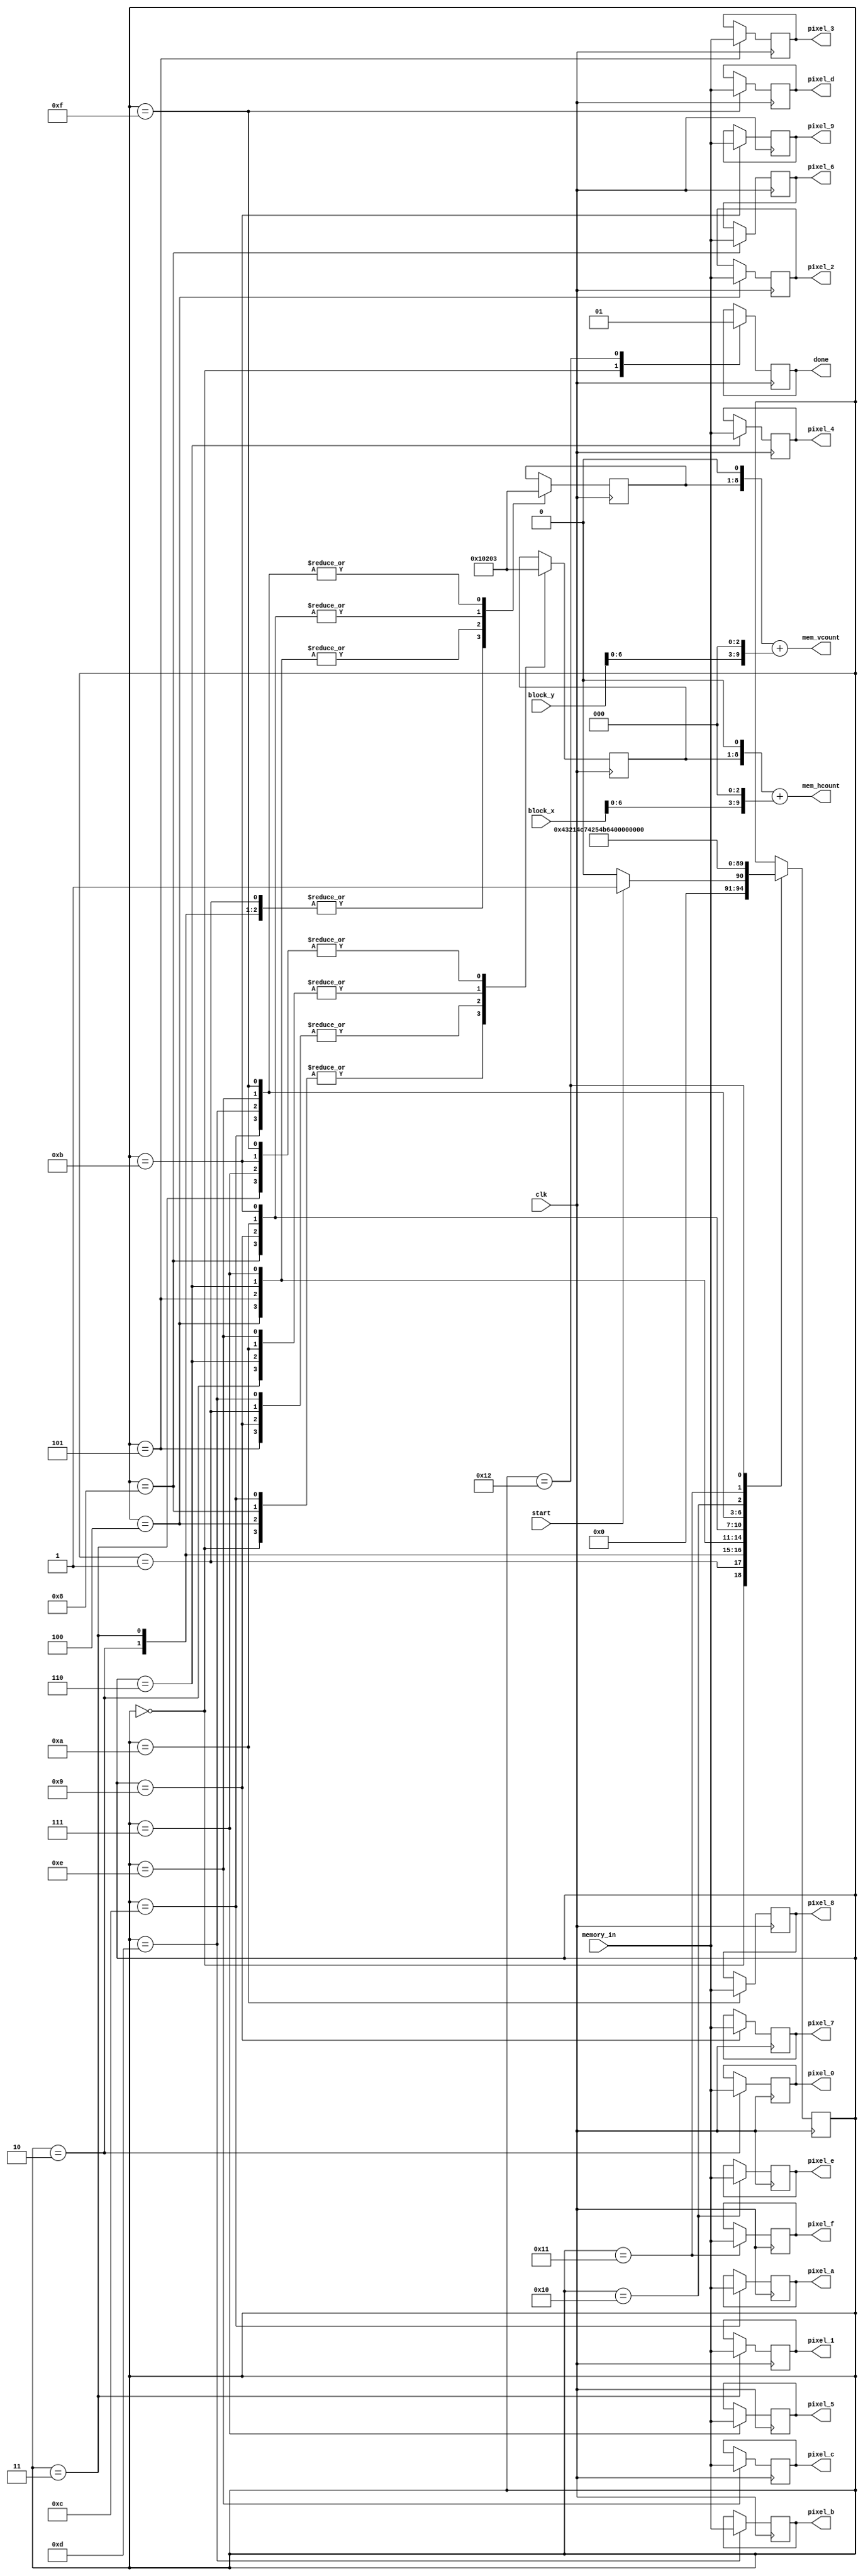
`timescale 1ns / 1ps
//////////////////////////////////////////////////////////////////////////////////
// Company: 
// Engineer: 
// 
// Design Name: 
// Module Name:    load_pixel_block 
// Project Name: 
// Target Devices: 
// Tool versions: 
// Description: 
//
// Dependencies: 
//
// Revision: 
// Revision 0.01 - File Created
// Additional Comments: 
//
//////////////////////////////////////////////////////////////////////////////////
module load_pixel_block(
	input wire clk,
	input wire start,
	input wire [7:0] block_x,
	input wire [7:0] block_y,
	input wire [8:0] memory_in,
	output wire [9:0] mem_hcount,
	output wire [9:0] mem_vcount,
	output reg done = 0,
	output reg [8:0] pixel_0,
	output reg [8:0] pixel_1,
	output reg [8:0] pixel_2,
	output reg [8:0] pixel_3,
	output reg [8:0] pixel_4,
	output reg [8:0] pixel_5,
	output reg [8:0] pixel_6,
	output reg [8:0] pixel_7,
	output reg [8:0] pixel_8,
	output reg [8:0] pixel_9,
	output reg [8:0] pixel_a,
	output reg [8:0] pixel_b,
	output reg [8:0] pixel_c,
	output reg [8:0] pixel_d,
	output reg [8:0] pixel_e,
	output reg [8:0] pixel_f
    );

	reg [7:0] x_counter = 0;
	reg [7:0] y_counter = 0; //local counters
	
	reg [4:0] FSM_state = 0;
	 
	assign mem_hcount = (x_counter<<1) + (block_x<<3);
	assign mem_vcount = (y_counter<<1) + (block_y<<3);
	
	//from this level, memory pipeline is two cycles
	always@(posedge clk)
	begin
	
	case(FSM_state)
	
	0: begin //wait for start
	FSM_state <= start ? 1:0;
	done <= 0;
	x_counter <= 0;
	y_counter <= 0;
	end
	
	1: begin //start loading from memory 
	FSM_state <= 2;
	x_counter <= 1;
	y_counter <= 0;
	end
	
	2: begin //cont loading 
	FSM_state <= 3;
	x_counter <= 2;
	y_counter <= 0;
	pixel_0 <= memory_in;
	end
	
	3: begin //cont loading
	FSM_state <= 4;
	x_counter <= 3;
	y_counter <= 0;
	pixel_1 <= memory_in;
	end
	
	4: begin //cont loading 
	FSM_state <= 5;
	x_counter <= 0;
	y_counter <= 1;
	pixel_2 <= memory_in;
	end
	
	5: begin //cont loading 
	FSM_state <= 6;
	x_counter <= 1;
	y_counter <= 1;
	pixel_3 <= memory_in;
	end
	
	6: begin //cont loading
	FSM_state <= 7;
	x_counter <= 2;
	y_counter <= 1;
	pixel_4 <= memory_in;
	end
	
	7: begin //cont loading
	FSM_state <= 8;
	x_counter <= 3;
	y_counter <= 1;
	pixel_5 <= memory_in;
	end
	
	8: begin //cont loading
	FSM_state <= 9;
	x_counter <= 0;
	y_counter <= 2;
	pixel_6 <= memory_in;
	end
	
	9: begin //cont loading
	FSM_state <= 10;
	x_counter <= 1;
	y_counter <= 2;
	pixel_7 <= memory_in;
	end
	
	10: begin //cont loading
	FSM_state <= 11;
	x_counter <= 2;
	y_counter <= 2;
	pixel_8 <= memory_in;
	end
	
	11: begin //cont loading
	FSM_state <= 12;
	x_counter <= 3;
	y_counter <= 2;
	pixel_9 <= memory_in;
	end
	
	12: begin //cont loading
	FSM_state <= 13;
	x_counter <= 0;
	y_counter <= 3;
	pixel_a <= memory_in;
	end
	
	13: begin //cont loading
	FSM_state <= 14;
	x_counter <= 1;
	y_counter <= 3;
	pixel_b <= memory_in;
	end
	
	14: begin //cont loading
	FSM_state <= 15;
	x_counter <= 2;
	y_counter <= 3;
	pixel_c <= memory_in;
	end
	
	15: begin //cont loading
	FSM_state <= 16;
	x_counter <= 3;
	y_counter <= 3;
	pixel_d <= memory_in;
	end
	
	16: begin //cont loading
	FSM_state <= 17;
	pixel_e <= memory_in;
	end
	
	17: begin //cont loading
	FSM_state <= 18;
	pixel_f <= memory_in;
	end
	
	18: begin //done!
	FSM_state <= 0;
	done <= 1;
	end
	endcase
	end

endmodule